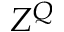
Z ^ { Q }